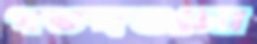
পতঙ্গগুলো